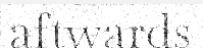
aftwards